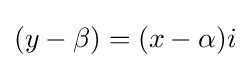
(y-\beta )=(x-\alpha )i